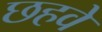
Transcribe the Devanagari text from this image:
छहवे